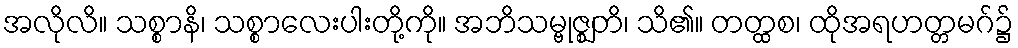
အလိုလိ။ သစ္စာနိ၊ သစ္စာလေးပါးတို့ကို။ အဘိသမ္ဗုဇ္ဈတိ၊ သိ၏။ တတ္ထစ၊ ထိုအရဟတ္တမဂ်၌